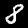
Label: 8